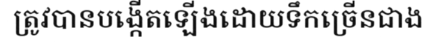
ត្រូវបានបង្កើតឡើងដោយទឹកច្រើនជាង